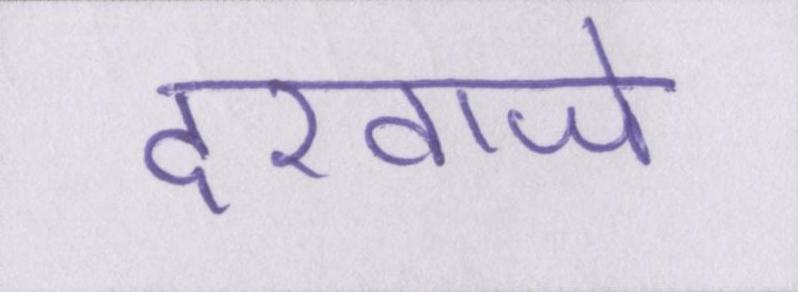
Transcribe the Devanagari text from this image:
दरवाजे